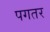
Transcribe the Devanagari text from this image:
पगतर